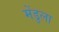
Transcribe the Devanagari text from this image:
मेंडुला